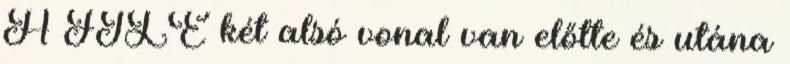
A FILE két alsó vonal van előtte és utána